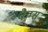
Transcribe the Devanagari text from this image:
कैम्स